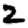
Digit: 2